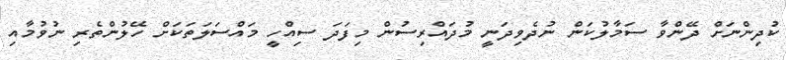
ކުދިންނަށް ދޭންވާ ސަމާލުކަން ނުދެވިދަނީ މުދައްރިސުން މިފަދަ ސިއްހީ މައްސަލަތަކަށް ހޭލުންތެރި ނުވުމާއި